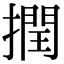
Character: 撋